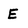
Character: E